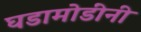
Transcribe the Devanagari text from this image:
घडामोडींनी